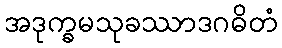
အဒုက္ခမသုခဿာဒဂဓိတံ